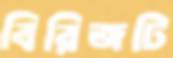
বিরিজটি